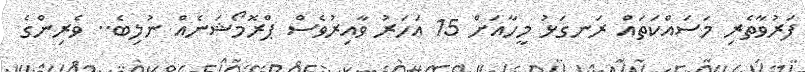
ފަރުވާތެރި މަސައްކަތައް ރަނގަޅު މީހާއަށް 15 އަހަރު ވާއިރުވެސް ޕްރޮމޯޝަނެއް ނުލިބެ.. ވެރިންގެ